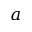
a